Code of medical and sanitary regulations for the guidance of medical officers serving in the Madras Presidency - Volume II
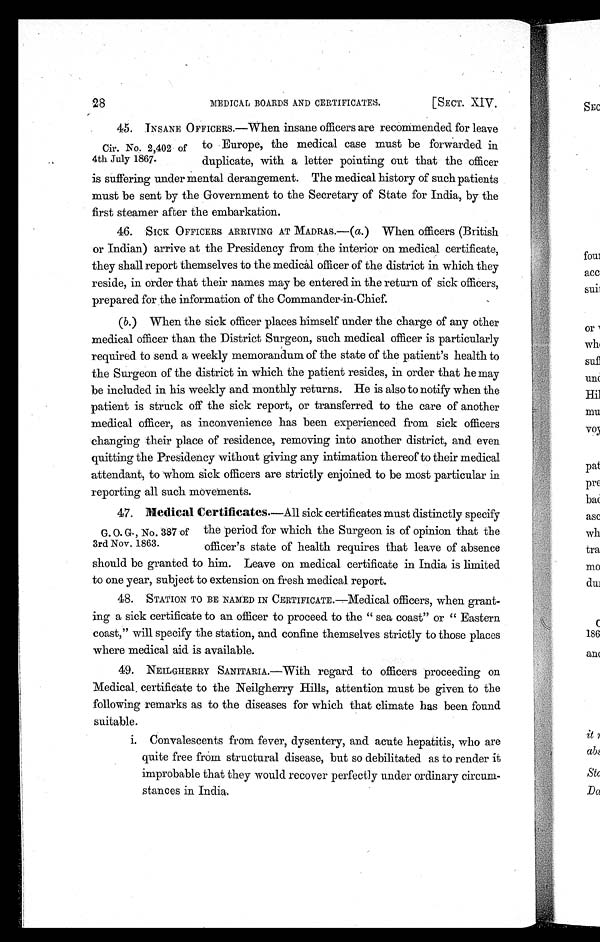
28
MEDICAL BOARDS AND CERTIFICATES.
[SECT. XIV.
Cir. No. 2,402 of
4th July 1867.
45. INSANE OFFICERS.—When insane officers are recommended for leave
to Europe, the medical case must be forwarded in
duplicate, with a letter pointing out that the officer
is suffering under mental derangement. The medical history of such patients
must be sent by the Government to the Secretary of State for India, by the
first steamer after the embarkation.
46. SICK OFFICERS ARRIVING AT MADRAS.—(a. ) When officers (British
or Indian) arrive at the Presidency from the interior on medical certificate,
they shall report themselves to the medical officer of the district in which they
reside, in order that their names may be entered in the return of sick officers,
prepared for the information of the Commander-in-Chief.
(b. ) When the sick officer places himself under the charge of any other
medical officer than the District Surgeon, such medical officer is particularly
required to send a weekly memorandum of the state of the patient's health to
the Surgeon of the district in which the patient resides, in order that he may
be included in his weekly and monthly returns. He is also to notify when the
patient is struck off the sick report, or transferred to the care of another
medical officer, as inconvenience has been experienced from sick officers
changing their place of residence, removing into another district, and even
quitting the Presidency without giving any intimation thereof to their medical
attendant, to whom sick officers are strictly enjoined to be most particular in
reporting all such movements.
G. O. G., No. 387 of
3rd Nov. 1863.
4 7 .
M e d i c a l C e r t i f i c a t e s .
— A l l
sick certificates must distinctly specify
the period for which the Surgeon is of opinion that the
officer's state of health requires that leave of absence
should be granted to him. Leave on medical certificate in India is limited
to one year, subject to extension on fresh medical report.
4 8 . S T A T I O N T O B E N A M E D I N C E R T I F I C A T E . — M e d i c a lofficers, when grant-
ing a sick certificate to an officer to proceed to the " sea coast" or " Eastern
coast," will specify the station, and confine themselves strictly to those places
where medical aid is available.
4 9 . N E I L G H E R R Y S A N I T A R I A . — W i t hr
e g a r d t o
O f f i c e r s
proceeding on
Medical certificate to the Neilgherry Hills, attention must be given to the
following remarks as to the diseases for which that climate has been found
suitable.
i. Convalescents from fever, dysentery, and acute hepatitis, who are
quite free from structural disease, but so debilitated as to render it
improbable that they would recover perfectly under ordinary circum-
stances in India.